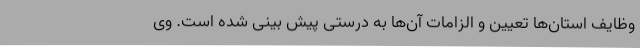
وظایف استان‌ها تعیین و الزامات آن‌ها به درستی پیش بینی شده است. وی